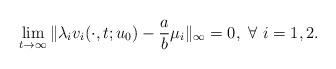
LaTeX: \begin{align*}\lim_{t\to\infty}\|\lambda_iv_i(\cdot,t;u_0)-\frac{a}{b}\mu_i\|_{\infty}=0 , \ \forall\ i=1,2.\end{align*}